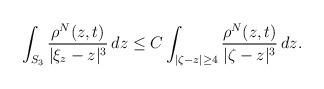
LaTeX: \begin{align*}\int_{ S_3} \frac{\rho^N(z,t)}{|\xi_z-z|^3}\,dz \leq C\int_{|\zeta-z|\geq 4 } \frac{\rho^N(z,t)}{|\zeta-z|^3}\,dz.\end{align*}